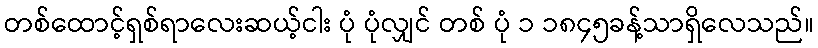
တစ်ထောင့်ရှစ်ရာလေးဆယ့်ငါး ပုံ ပုံလျှင် တစ် ပုံ ၁ ၁၈၄၅ခန့်သာရှိလေသည်။